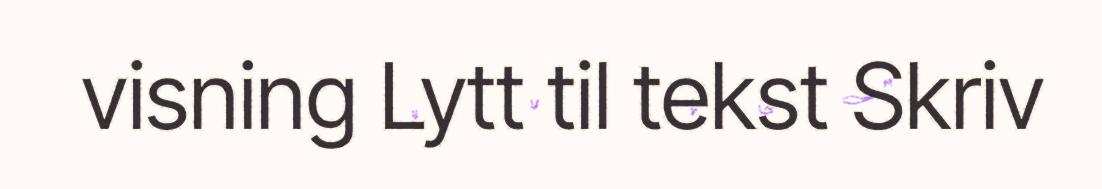
visning Lytt til tekst Skriv